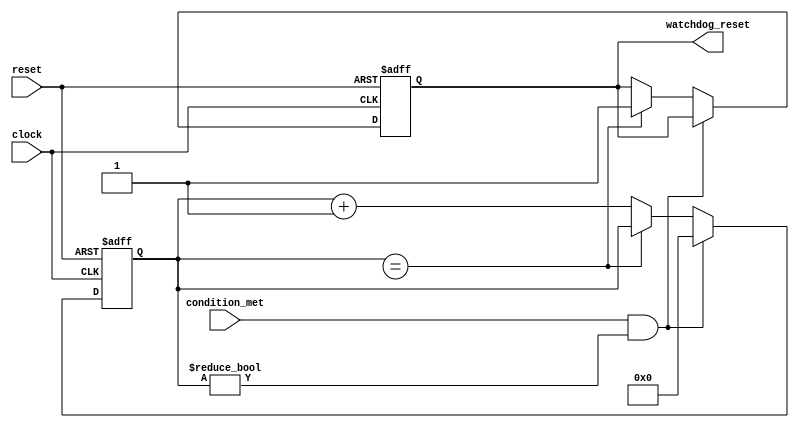
module watchdog_timer (
    input wire clock,
    input wire reset,
    input wire condition_met,
    output reg watchdog_reset
);

reg [15:0] timeout_value;
reg [15:0] timer_count;

always @(posedge clock or posedge reset) begin
    if (reset) begin
        timer_count <= 16'h0000;
        watchdog_reset <= 0;
    end else begin
        if (condition_met && timer_count != 16'h0000) begin
            timer_count <= 16'h0000;
        end else if (timer_count == timeout_value) begin
            watchdog_reset <= 1;
        end else begin
            timer_count <= timer_count + 1;
        end
    end
end

endmodule